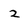
Character: 2